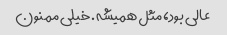
عالی بود، مثل همیشه. خیلی ممنون